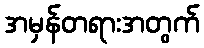
အမှန်တရားအတွက်